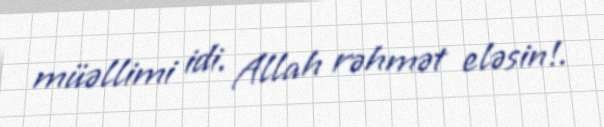
müəllimi idi. Allah rəhmət eləsin!.